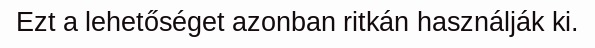
Ezt a lehetőséget azonban ritkán használják ki.